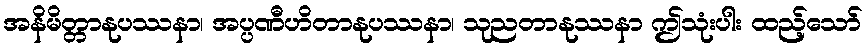
အနိမိတ္တာနုပဿနာ၊ အပ္ပဏီဟိတာနုပဿနာ၊ သုညတာနုဿနာ ဤသုံးပါး ထည့်သော်